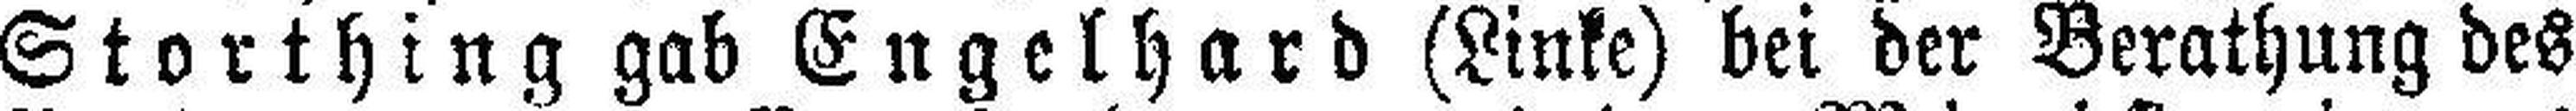
Storthing gab Engelhard (Linke) bei der Berathung des